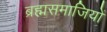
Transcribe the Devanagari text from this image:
ब्रह्मसमाजियों